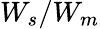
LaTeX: W_{s}/W_{m}